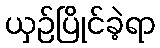
ယှဉ်ပြိုင်ခဲ့ရာ